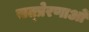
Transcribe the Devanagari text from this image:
सत्प्रेरणाओं